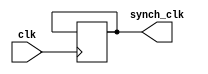
module frequency_synthesizer (
  input wire clk,
  output reg synch_clk
);

  reg [7:0] counter = 8'b00000000; // 8-bit counter for dividing the clock frequency
  reg divider_done = 1'b0; // Flag to indicate when clock division is complete

  always @(posedge clk) begin
    if (divider_done) begin
      counter <= counter + 1;
      if (counter == 8'b11111111) begin
        counter <= 8'b00000000;
        synch_clk <= ~synch_clk;
      end
    end
  end

endmodule